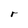
Character: r